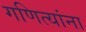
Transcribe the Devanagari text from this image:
गणित्यांना